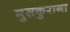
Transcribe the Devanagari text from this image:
मुसकुराना